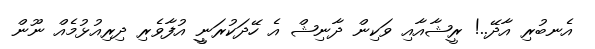
އެނބުރިި އާދޭ..! ރީޝާއާއި ވަކިން ދާނިޝް އެ ހޭދަކުރަނީީ އުފާވެރި ދިރިއުޅުމެއް ނޫން